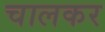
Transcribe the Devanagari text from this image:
चालकर